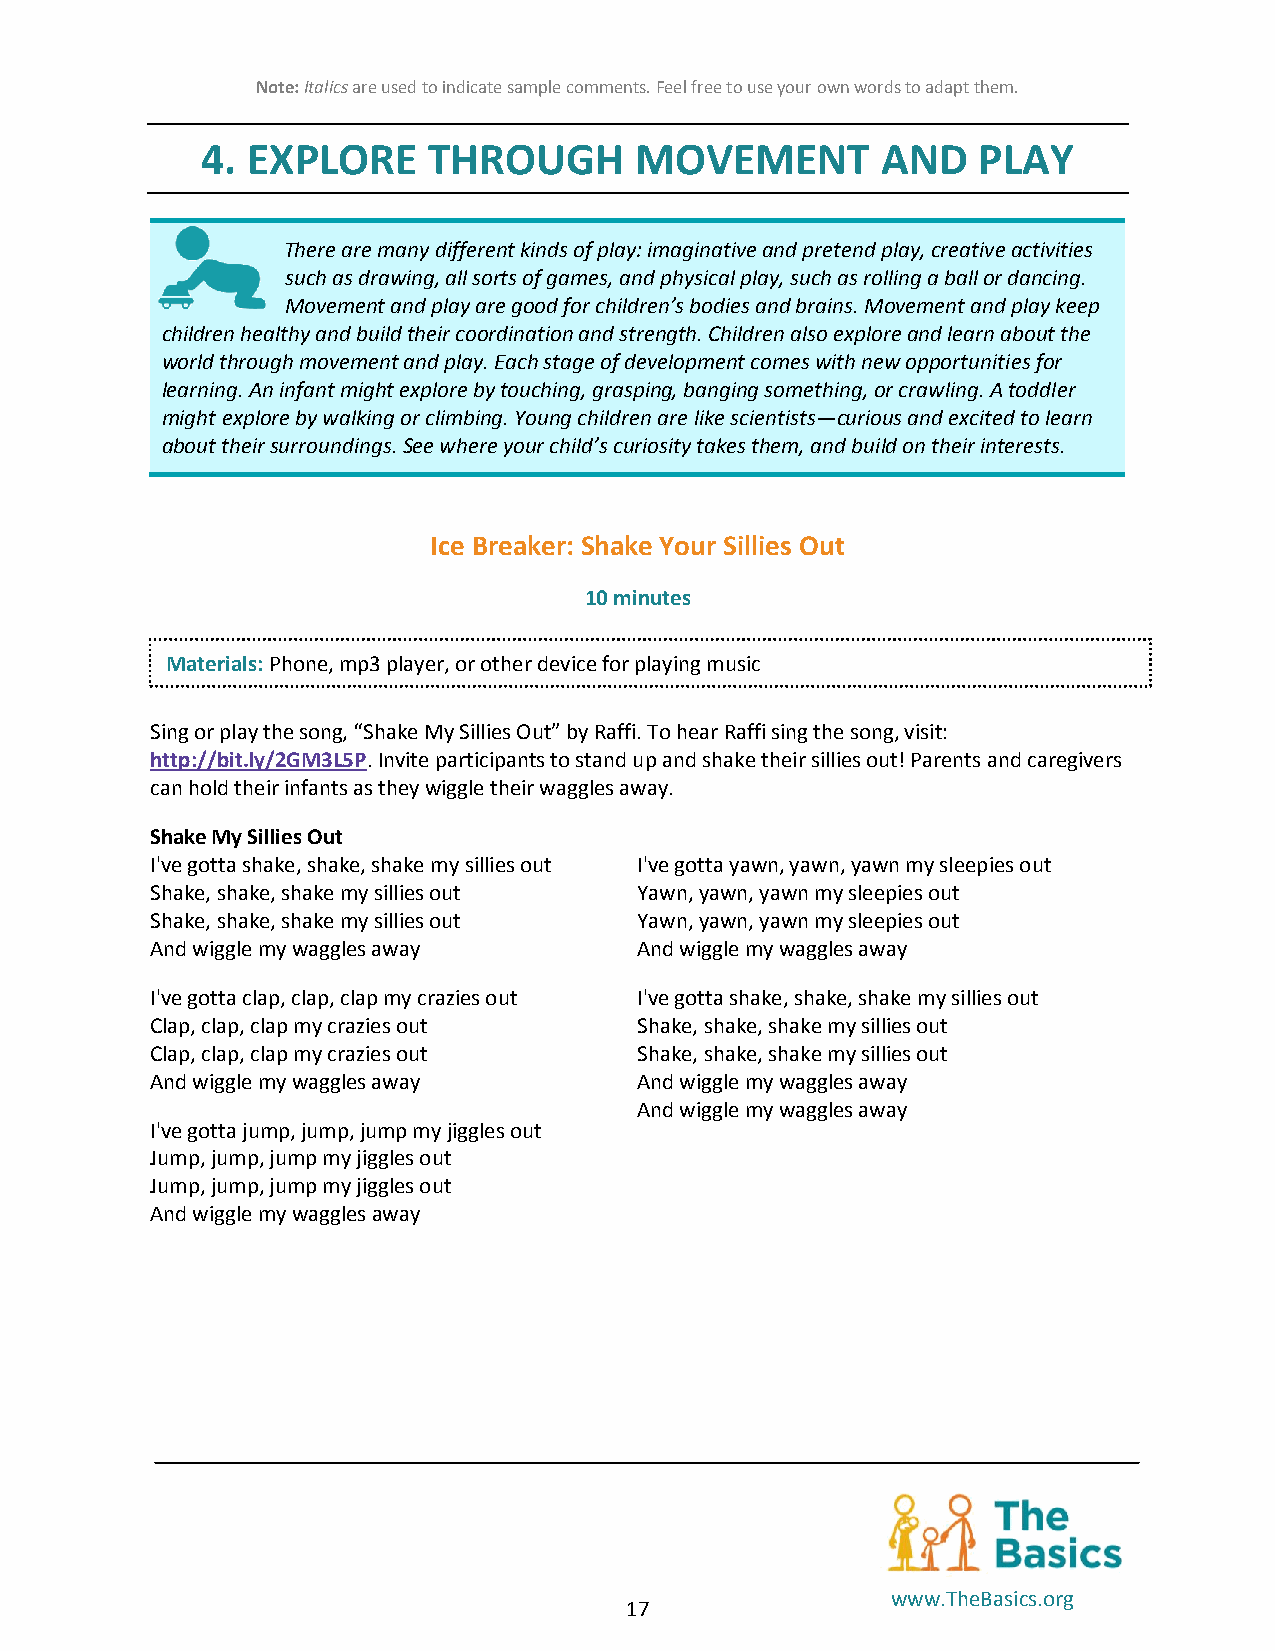
Note: Italics are used to indicate sample comments. Feel free to use your own words to adapt them.
 4. EXPLORE     THROUGH       MOVEMENT        AND    PLAY
 There are many different kinds of play: imaginative and pretend play, creative activities
 such as drawing, all sorts of games, and physical play, such as rolling a ball or dancing.
 Movement and play are good for children’s bodies and brains. Movement and play keep
 children healthy and build their coordination and strength. Children also explore and learn about the
 world through movement and play. Each stage of development comes with new opportunities for
 learning. An infant might explore by touching, grasping, banging something, or crawling. A toddler
 might explore by walking or climbing. Young children are like scientists—curious and excited to learn
 about their surroundings. See where your child’s curiosity takes them, and build on their interests.
 Ice Breaker: Shake Your Sillies Out
 10 minutes
 Materials: Phone, mp3 player, or other device for playing music
 Sing or play the song, “Shake My Sillies Out” by Raffi. To hear Raffi sing the song, visit:
 http://bit.ly/2GM3L5P. Invite participants to stand up and shake their sillies out! Parents and caregivers
 can hold their infants as they wiggle their waggles away.
 Shake My Sillies Out
 I've gotta shake, shake, shake my sillies out I've gotta yawn, yawn, yawn my sleepies out
 Shake, shake, shake my sillies out Yawn, yawn, yawn my sleepies out
 Shake, shake, shake my sillies out Yawn, yawn, yawn my sleepies out
 And wiggle my waggles away      And wiggle my waggles away
 I've gotta clap, clap, clap my crazies out I've gotta shake, shake, shake my sillies out
 Clap, clap, clap my crazies out Shake, shake, shake my sillies out
 Clap, clap, clap my crazies out Shake, shake, shake my sillies out
 And wiggle my waggles away      And wiggle my waggles away
 And wiggle my waggles away
 I've gotta jump, jump, jump my jiggles out
 Jump, jump, jump my jiggles out
 Jump, jump, jump my jiggles out
 And wiggle my waggles away
 www.TheBasics.org
 17